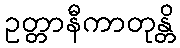
ဥတ္တာနီကာတုန္တိ